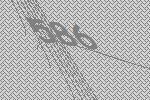
586